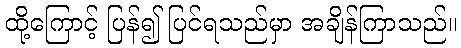
ထို့ကြောင့် ပြန်၍ ပြင်ရသည်မှာ အချိန်ကြာသည်။